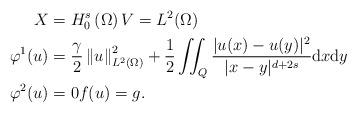
LaTeX: \begin{align*}X & =H_{0}^{s}\left( \Omega\right) V=L^{2}(\Omega)\\\varphi^{1}(u) & =\frac{\gamma}{2}\left\Vert u\right\Vert _{L^{2}(\Omega)}^{2}+\frac{1}{2}\iint_{Q}\frac{|u(x)-u(y)|^{2}}{|x-y|^{d+2s}}\mathrm{d}x\mathrm{d}y\\\varphi^{2}(u) & = 0 f(u)=g.\end{align*}